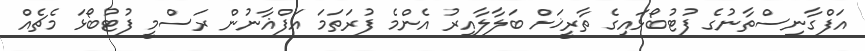
އަފްގާނިސްތާނުގެ ފުޓުބޯޅައިގެ ތާރީޚަށް ބަލާލާއިރު އެންމެ ފުރަތަމަ އަފްޣާނުން ރަސްމީ ފުޓުބޯޅަ މެޗެއް